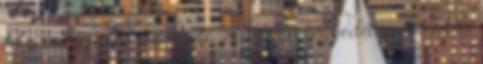
fel a metropolisz művészeti- és színház negyedét, galériáit és